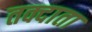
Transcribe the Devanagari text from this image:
तक्दाता